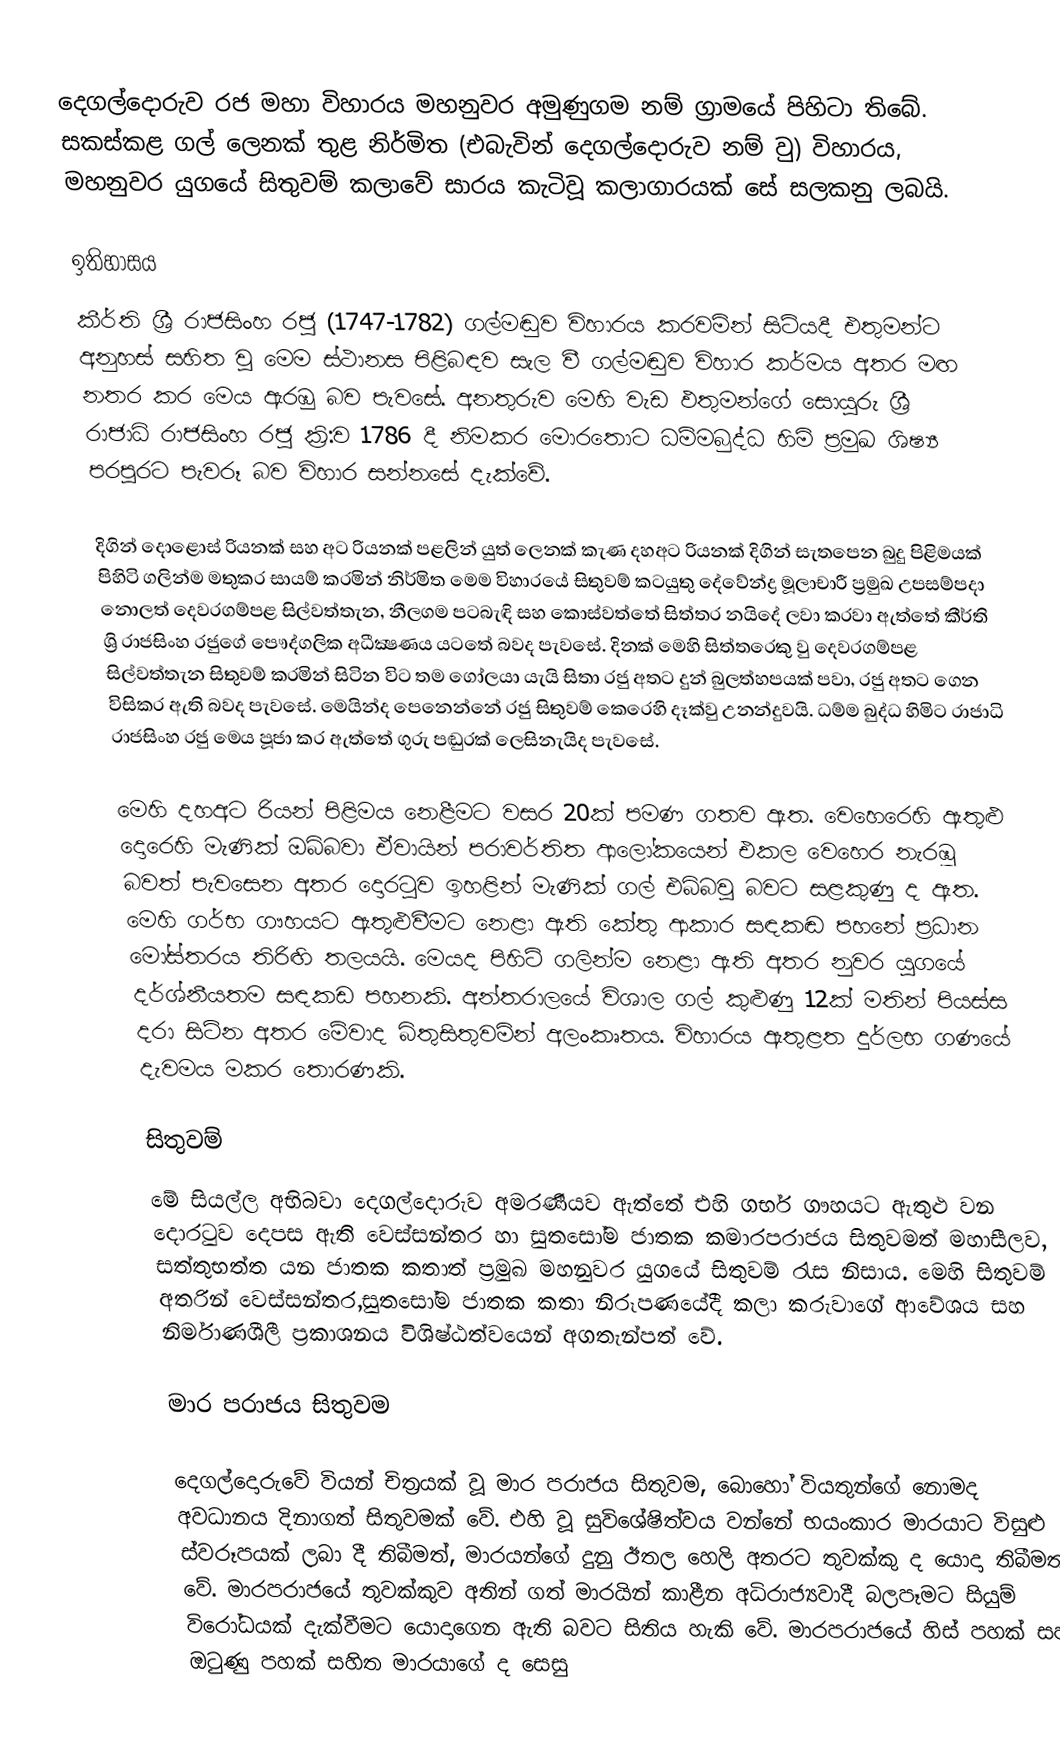
දෙගල්දොරුව රජ මහා විහාරය මහනුවර අමුණුගම නම් ග්‍රාමයේ පිහිටා තිබේ. සකස්කළ ගල් ලෙනක් තුළ නිර්මිත (එබැවින් දෙගල්දොරුව නම්‍ වු) විහාරය, මහනුවර යුගයේ සිතුවම් කලාවේ සාරය කැටිවූ කලාගාරයක් සේ සලකනු ලබයි.

ඉතිහාසය
කීර්ති ශ්‍රී රාජසිංහ රජු (1747-1782) ගල්මඬුව විහාරය කරවමින් සිටියදී එතුමන්ට අනුහස් සහිත වු මෙම ස්ථානස පිළිබඳව සැල වී ගල්මඬුව විහාර කර්මය අතර මඟ නතර කර මෙය ඇරඹු බව පැවසේ. අනතුරුව මෙහි වැඩ ඵතුමන්ගේ සොයුරු ශ්‍රී රාජාධි රාජසිංහ රජු ක්‍රි:ව 1786 දී නිමකර මොරතොට ධම්මබුද්ධ හිමි ප්‍රමුඛ ශිෂ්‍ය පරපුරට පැවරූ බව විහාර සන්නසේ දැක්වේ.

දිගින් දොළොස් රියනක් සහ අට රියනක් පළලින් යුත් ලෙනක් කැණ දහඅට රියනක් දිගින් සැතපෙන බුදු පිළිමයක් පිහිටි ගලින්ම මතුකර සායම් කරමින් නිර්මිත මෙම විහාරයේ සිතුවම් කටයුතු දේවේන්ද්‍ර මූලාචාරී ප්‍රමුඛ උපසම්පදා නොලත් දෙවරගම්පළ සිල්වත්තැන, නීලගම පටබැඳි සහ කොස්වත්තේ සිත්තර නයිදේ ලවා කරවා ඇත්තේ කීර්ති ශ්‍රි රාජසිංහ රජුගේ පෞද්ගලික අධීක්‍ෂණය යටතේ බවද පැවසේ. දිනක් මෙහි සිත්තරෙකු වු දෙවරගම්පළ සිල්වත්තැන සිතුවම් කරමින් සිටින විට තම ගෝලයා යැයි සිතා රජු අතට දුන් බුලත්හපයක් පවා, රජු අතට ගෙන විසිකර ඇති බවද පැවසේ. මෙයින්ද පෙනෙන්නේ රජු සිතුවම් කෙරෙහි දෑක්වු උනන්දුවයි. ධම්ම බුද්ධ හිමිට රාජාධි රාජසිංහ රජු මෙය පූජා කර ඇත්තේ ගුරු පඬුරක් ලෙසිනැයිද පැවසේ.

මෙහි දහඅට රියන් පිළිමය නෙළීමට වසර 20ක් පමණ ගතව ඇත. වෙහෙරෙහි ඇතුළු දො‍රෙහි මැණික් ඔබ්බවා ඒවායින් පරාවර්තිත ආලෝකයෙන් එකල වෙහෙර නැරඹූ බවත් පැවසෙන අතර දොරටුව ඉහළින් මැණික් ගල් එබ්බවු බවට සළකුණු ද ඇත. මෙහි ගර්භ ගෟහයට ඇතුළුවීමට නෙළා ඇති කේතු ආකාර සඳකඬ පහනේ ප්‍රධාන මෝස්තරය තිරිඟි තලයයි. මෙයද පිහිටි ගලින්ම නෙළා ඇති අතර නුවර යුගයේ දර්ශ්‍නීයතම සඳකඩ පහනකි. අන්තරාලයේ විශාල ගල් කුළුණු 12ක් මතින් පියස්ස දරා සිටින අතර මේවාද බිතුසිතුවමින් අලංකෘතය. විහාරය ඇතුළත දුර්ලභ ගණයේ දැවමය මකර තොරණකි.

සිතුවම්
මේ සියල්ල අභිබවා දෙගල්දොරුව අමරණීයව ඇත්තේ එහි ගර්භ ගෟහයට ඇතුළු වන දොරටුව දෙපස ඇති වෙස්සන්තර හා සුතසෝම ජාතක කමාරපරාජය සිතුවමත් මහාසීලව, සත්තුභත්ත යන ජාතක කතාත් ප්‍රමුඛ මහනුවර යුගයේ සිතුවම් රැස නිසාය. මෙහි සිතුවම් අතරින් වෙස්සන්තර,සුතසෝම ජාතක කතා නිරූපණයේදී කලා කරුවාගේ ආවේශය සහ නිර්මාණශීලී ප්‍රකාශනය විශිෂ්ඨත්වයෙන් අගතැන්පත් වේ.

මාර පරාජය සිතුවම

දෙගල්දොරුවේ වියන් චිත්‍රයක් වූ මාර පරාජය සිතුවම, බොහෝ වියතුන්ගේ නොමද අවධානය දිනාගත් සිතුවමක් වේ. එහි වූ සුවිශේෂිත්වය වන්නේ භයංකාර මාරයාට විසුළු ස්වරූපයක් ලබා දී තිබීමත්, මාරයන්ගේ දුනු ඊතල හෙලි අතරට තුවක්කු ද යොදා තිබීමත් වේ. මාරපරාජයේ තුවක්කුව අතින් ගත් මාරයින් කාළීන අධිරාජ්‍යවාදී බලපෑමට සියුම් විරෝධයක් දැක්වීමට යොදාගෙන ඇති බවට සිතිය හැකි වේ. මාරපරාජයේ හිස් පහක් සහ ඔටුණු පහක් සහිත මාරයාගේ ද සෙසු